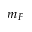
m _ { F }